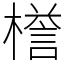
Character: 𣚞